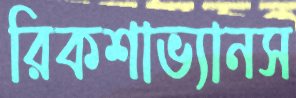
রিকশাভ্যানস